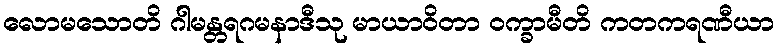
လောမသောတိ ဂါမန္တရဂမနာဒီသု မာယာဝိတာ ဝက္ခာမီတိ ကတကရဏီယာ